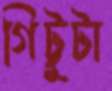
গিট্টুটা